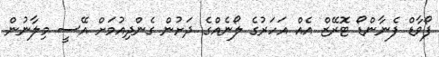
ފޯވާޑް ފެނާންޑޯ ޓޮރޭޒް އެއް އަހަރުގެ ލޯނެއްގެ ދަށުން ގެންދިއުމަށް އޭސީ މިލާނުން